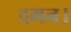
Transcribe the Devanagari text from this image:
दमन।